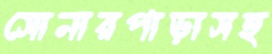
সোনারপাড়াসহ